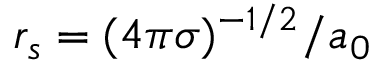
r _ { s } = ( 4 \pi \sigma ) ^ { - 1 / 2 } / a _ { 0 }